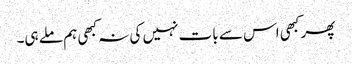
پھر کبھی اس سے بات نہیں کی نہ کبھی ہم ملے ہی۔